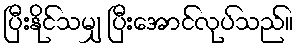
ပြီးနိုင်သမျှ ပြီးအောင်လုပ်သည်။